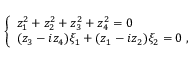
\left\{ \begin{array} { l } { { z _ { 1 } ^ { 2 } + z _ { 2 } ^ { 2 } + z _ { 3 } ^ { 2 } + z _ { 4 } ^ { 2 } = 0 } } \\ { { ( z _ { 3 } - i z _ { 4 } ) \xi _ { 1 } + ( z _ { 1 } - i z _ { 2 } ) \xi _ { 2 } = 0 ~ , } } \end{array} \right.